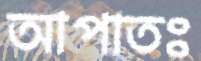
আপাতঃ